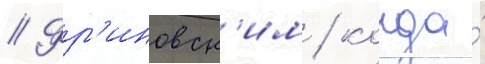
// Фр'иновск'им / когда́